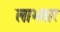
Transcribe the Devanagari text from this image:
लाभवार